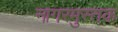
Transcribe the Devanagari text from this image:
नागरमुस्तक